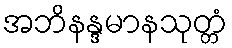
အဘိနန္ဒမာနသုတ္တံ